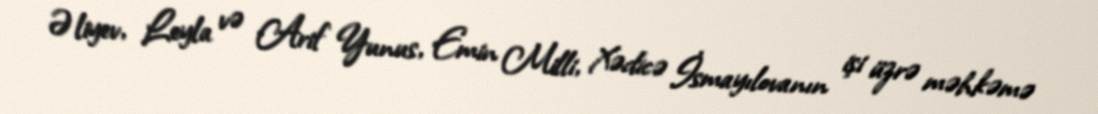
Əliyev, Leyla və Arif Yunus, Emin Milli, Xədicə İsmayılovanın işi üzrə məhkəmə